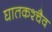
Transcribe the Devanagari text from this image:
घातकश्चैव